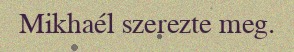
Mikhaél szerezte meg.